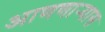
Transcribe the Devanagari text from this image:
आणणार्‍यास